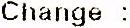
CHANGE :